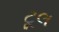
ટૂલ